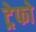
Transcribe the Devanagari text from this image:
ट्रेफो